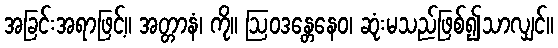
အခြင်းအရာဖြင့်။ အတ္တာနံ၊ ကို။ ဩဝဒန္တေနေဝ၊ ဆုံးမသည်ဖြစ်၍သာလျှင်။